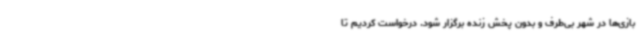
بازی‌ها در شهر بی‌طرف و بدون پخش زنده برگزار شود. درخواست کردیم تا